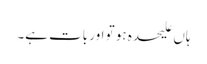
ہاں علیحدہ ہو تو اور بات ہے۔